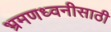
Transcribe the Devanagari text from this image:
भ्रमणध्वनीसाठी